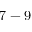
7 - 9